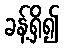
ခန့်ရှိ၍